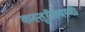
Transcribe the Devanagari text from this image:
कस्तूरीस्वामी